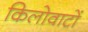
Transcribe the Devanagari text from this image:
किलोवाटों